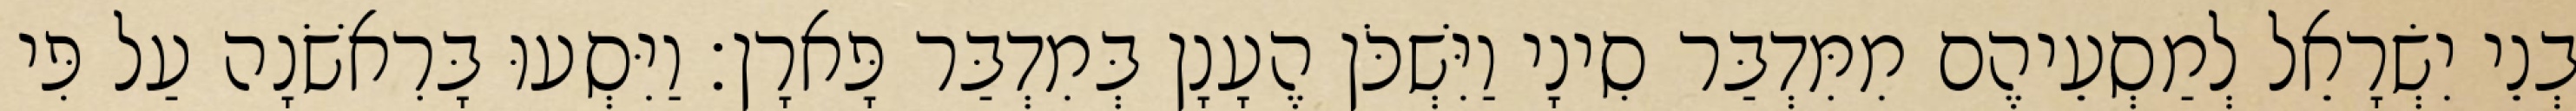
בְנֵי יִשְׂרָאֵל לְמַסְעֵיהֶם מִמִּדְבַּר סִינָי וַיִּשְׁכֹּן הֶעָנָן בְּמִדְבַּר פָּארָן׃ וַיִּסְעוּ בָּרִאשֹׁנָה עַל פִּי